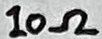
Text: 10Ω